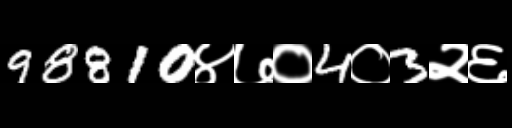
Text: 98810४७०4०3२६